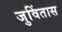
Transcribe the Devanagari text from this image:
जुविंतास